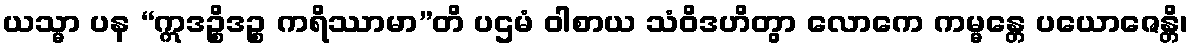
ယသ္မာ ပန “ဣဒဉ္စိဒဉ္စ ကရိဿာမာ”တိ ပဌမံ ဝါစာယ သံဝိဒဟိတွာ လောကေ ကမ္မန္တေ ပယောဇေန္တိ၊